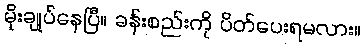
မိုးချုပ်နေပြီ။ ခန်းစည်းကို ပိတ်ပေးရမလား။